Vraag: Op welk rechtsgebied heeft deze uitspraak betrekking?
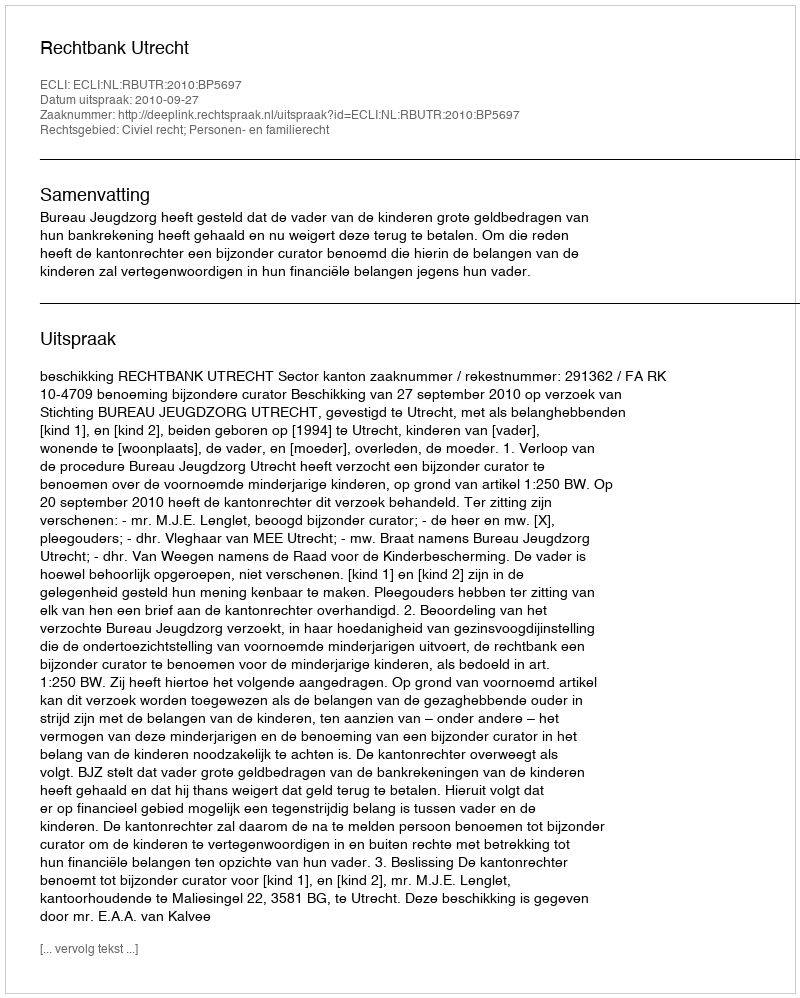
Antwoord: Civiel recht; Personen- en familierecht